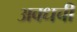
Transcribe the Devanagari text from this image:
अवधची